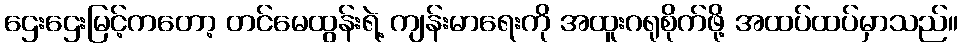
ဌေးဌေးမြင့်ကတော့ တင်မေထွန်းရဲ့ ကျန်းမာရေးကို အထူးဂရုစိုက်ဖို့ အထပ်ထပ်မှာသည်။